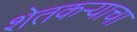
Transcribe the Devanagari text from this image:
शेतकऱ्याचा